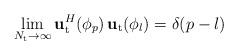
LaTeX: \begin{align*}\lim_{N_{\mathrm t} \rightarrow \infty}{\bf{u}}_{\mathrm t}^H ( \phi_p ) \, {{\bf{u}}_{\mathrm t}} ( \phi_l ) &= \delta ( {p - l } )\end{align*}